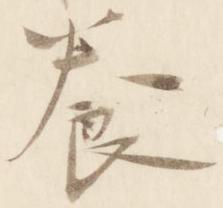
養